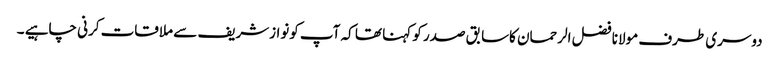
دوسری طرف مولانا فضل الرحمان کاسابق صدر کو کہنا تھا کہ آپ کونوازشریف سے ملاقات کرنی چاہیے ۔